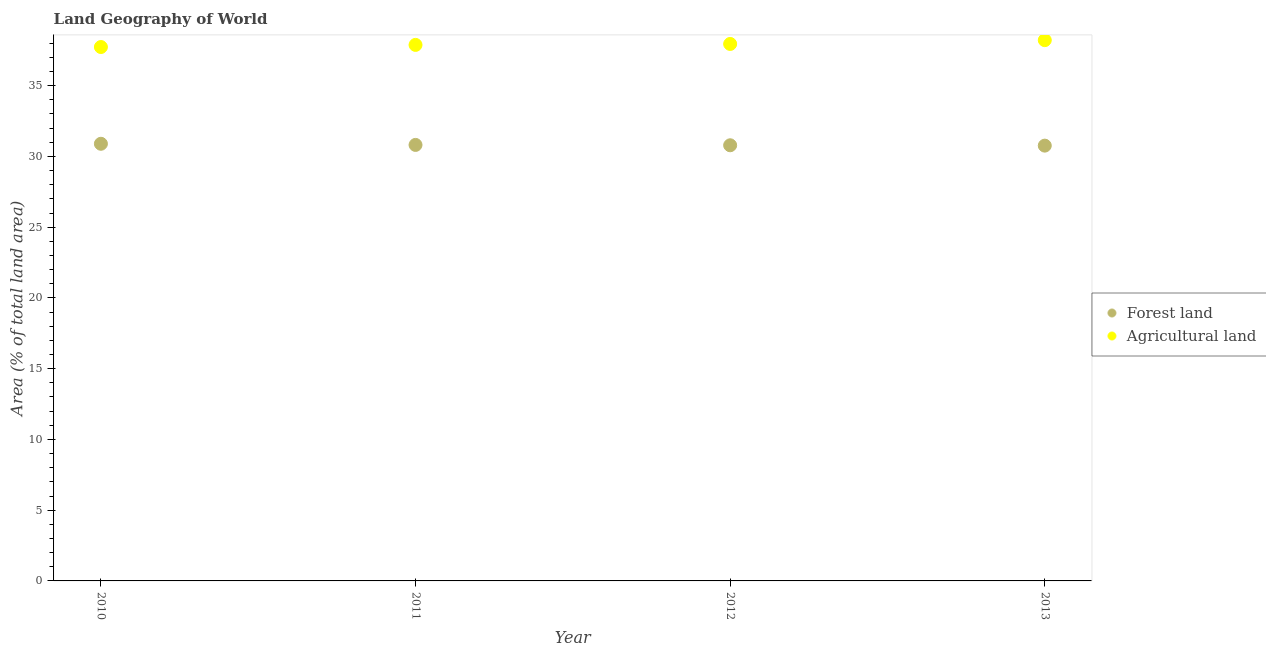
| Year | Forest land | Agricultural land |
 | --- | --- | --- |
 | 2010 | 30.9 | 37.7 |
 | 2011 | 30.8 | 37.9 |
 | 2012 | 30.8 | 37.9 |
 | 2013 | 30.8 | 38.2 |